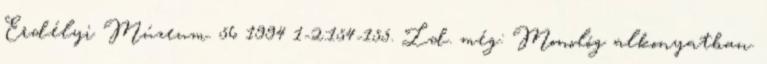
Erdélyi Múzeum. 56 1994 1-2:154-155. Ld. még: Monológ alkonyatban.